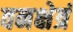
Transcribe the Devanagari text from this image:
वनक्षेत्रं